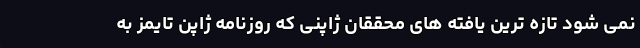
نمی شود تازه ترین یافته های محققان ژاپنی که روزنامه ژاپن تایمز به